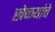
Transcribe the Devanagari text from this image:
खेळ्यांचे